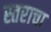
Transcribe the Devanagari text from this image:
स्तराचा